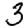
Digit: 3